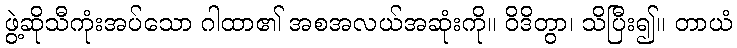
ဖွဲ့ဆိုသီကုံးအပ်သော ဂါထာ၏ အစအလယ်အဆုံးကို။ ဝိဒိတွာ၊ သိပြီး၍။ တာယံ